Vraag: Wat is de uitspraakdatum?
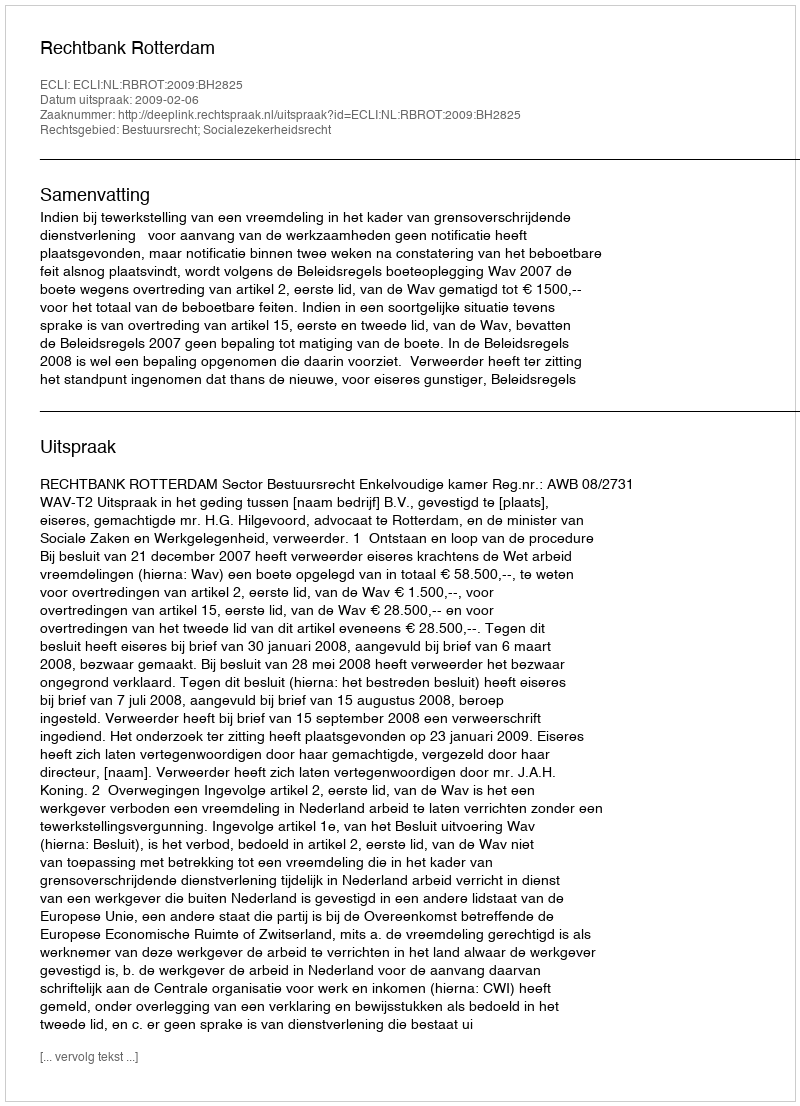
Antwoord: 2009-02-06